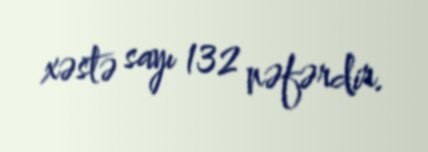
xəstə sayı 132 nəfərdir.